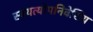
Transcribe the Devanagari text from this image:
स्वयत्योपनिवेशिय